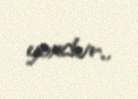
yoxdur..